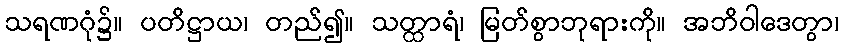
သရဏဂုံ၌။ ပတိဋ္ဌာယ၊ တည်၍။ သတ္ထာရံ၊ မြတ်စွာဘုရားကို။ အဘိဝါဒေတွာ၊